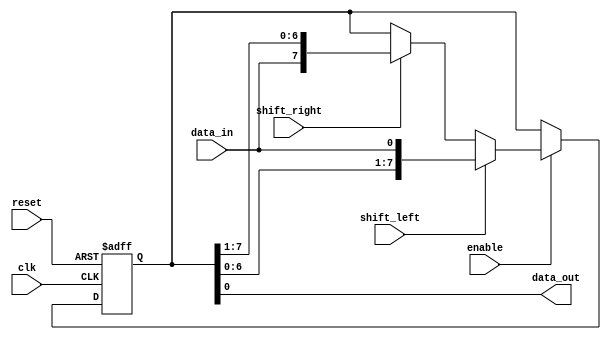
module bidirectional_shift_register (
    input wire clk,
    input wire reset,
    input wire shift_left,
    input wire shift_right,
    input wire enable,
    input wire data_in,
    output wire data_out
);

reg [7:0] register;

always @(posedge clk or posedge reset) begin
    if (reset) begin
        register <= 8'b0;
    end else if (enable) begin
        if (shift_left) begin
            register <= {register[6:0], data_in};
        end else if (shift_right) begin
            register <= {data_in, register[7:1]};
        end
    end
end

assign data_out = register[0];

endmodule